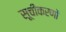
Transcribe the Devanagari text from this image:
सूचीकरणों